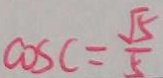
\cos c = \frac { \sqrt { 5 } } { 5 }